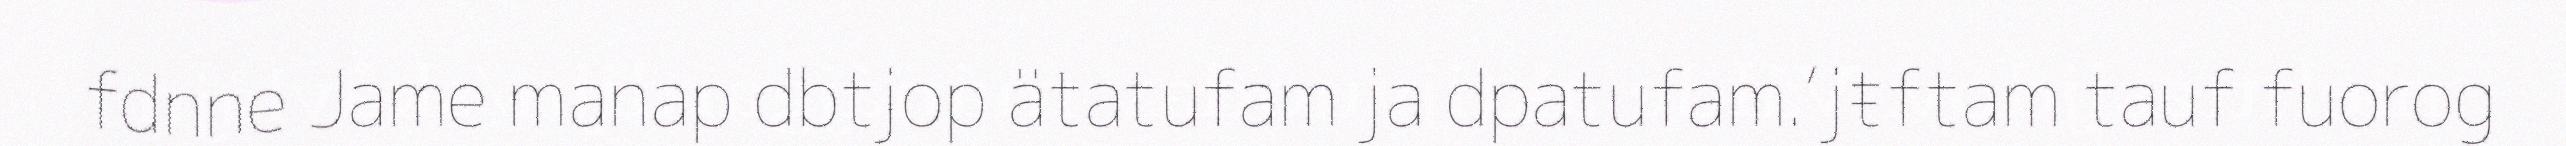
fdnne Jame manap dbtjop ätatufam ja dpatufam.‘jŧftam tauf fuorog